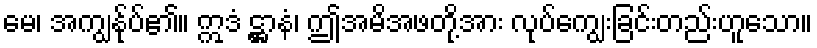
မေ၊ အကျွန်ုပ်၏။ ဣဒံ ဋ္ဌာနံ၊ ဤအမိအဖတို့အား လုပ်ကျွေးခြင်းတည်းဟူသော။